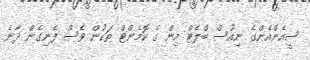
ސީއެންއެންގެ ނިއުސް ބްލެޓް އިން ގެ ކޮމެންޓް ތަކުން ވެސް ފެނިގެން ދާނެ